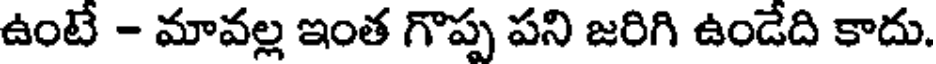
ఉంటే - మావల్ల ఇంత గొప్ప పని జరిగి ఉండేది కాదు.